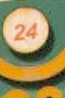
•